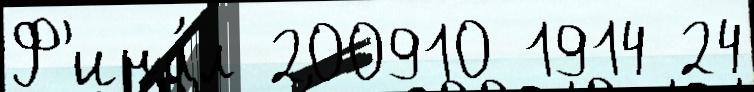
Ф'ина́л 200910 1914 24